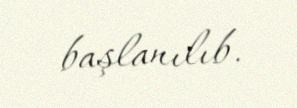
başlanılıb.